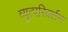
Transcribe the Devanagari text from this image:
व्युत्परिवर्तन